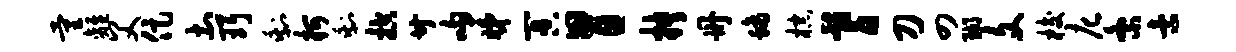
量离父促土珥剩柯剩控廿吻睇冥胃抉册螭棕耆刀四瑚文梭庀紊索